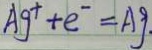
A g ^ { + } + e ^ { - } = A g